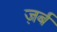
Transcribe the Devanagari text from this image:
ज़र्ब